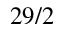
2 9 / 2